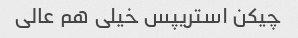
چیکن استریپس خیلی هم عالی